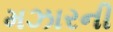
મઝારની